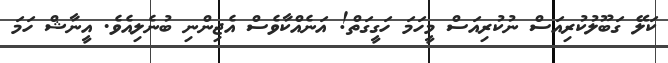
ކަލޭ ގަބޫލުކުރިއަސް ނުކުރިއަސް މީހަމަ ހަގީގަތް! އަނެއްކާވެސް އެޖިންނި ބުނެލިއެވެ. އީނާޝް ހަމަ